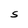
Character: S